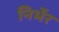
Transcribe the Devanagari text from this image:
निर्भेर